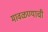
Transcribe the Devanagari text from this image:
मावळण्याची